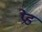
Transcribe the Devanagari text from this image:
प्रेड